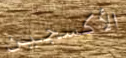
الأكسجين